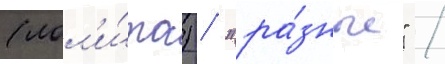
(лол'и́та) / "ра́зные" /